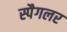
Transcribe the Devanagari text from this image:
स्पैगलर